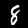
Digit: 8